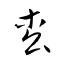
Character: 枩